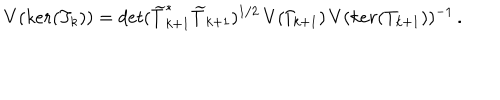
LaTeX: V ( k e r ( T _ { k } ) ) = d e t ( \widetilde { T } _ { k + 1 } ^ { * } \widetilde { T } _ { k + 1 } ) ^ { 1 / 2 } \, V ( \Gamma _ { \! k + 1 } ) \, V ( k e r ( T _ { k + 1 } ) ) ^ { - 1 } \, .